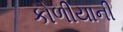
કોળીયાની